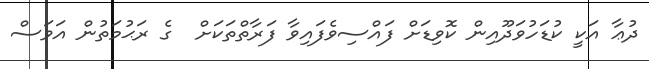
ދުޢާ އަކީ ކުޑަހުވަދޫއިން ކޮވިޑަށް ފައްސިވެފައިވާ ފަރާތްތަކަށް  ގެ ރަޙުމަތުން އަވަސް